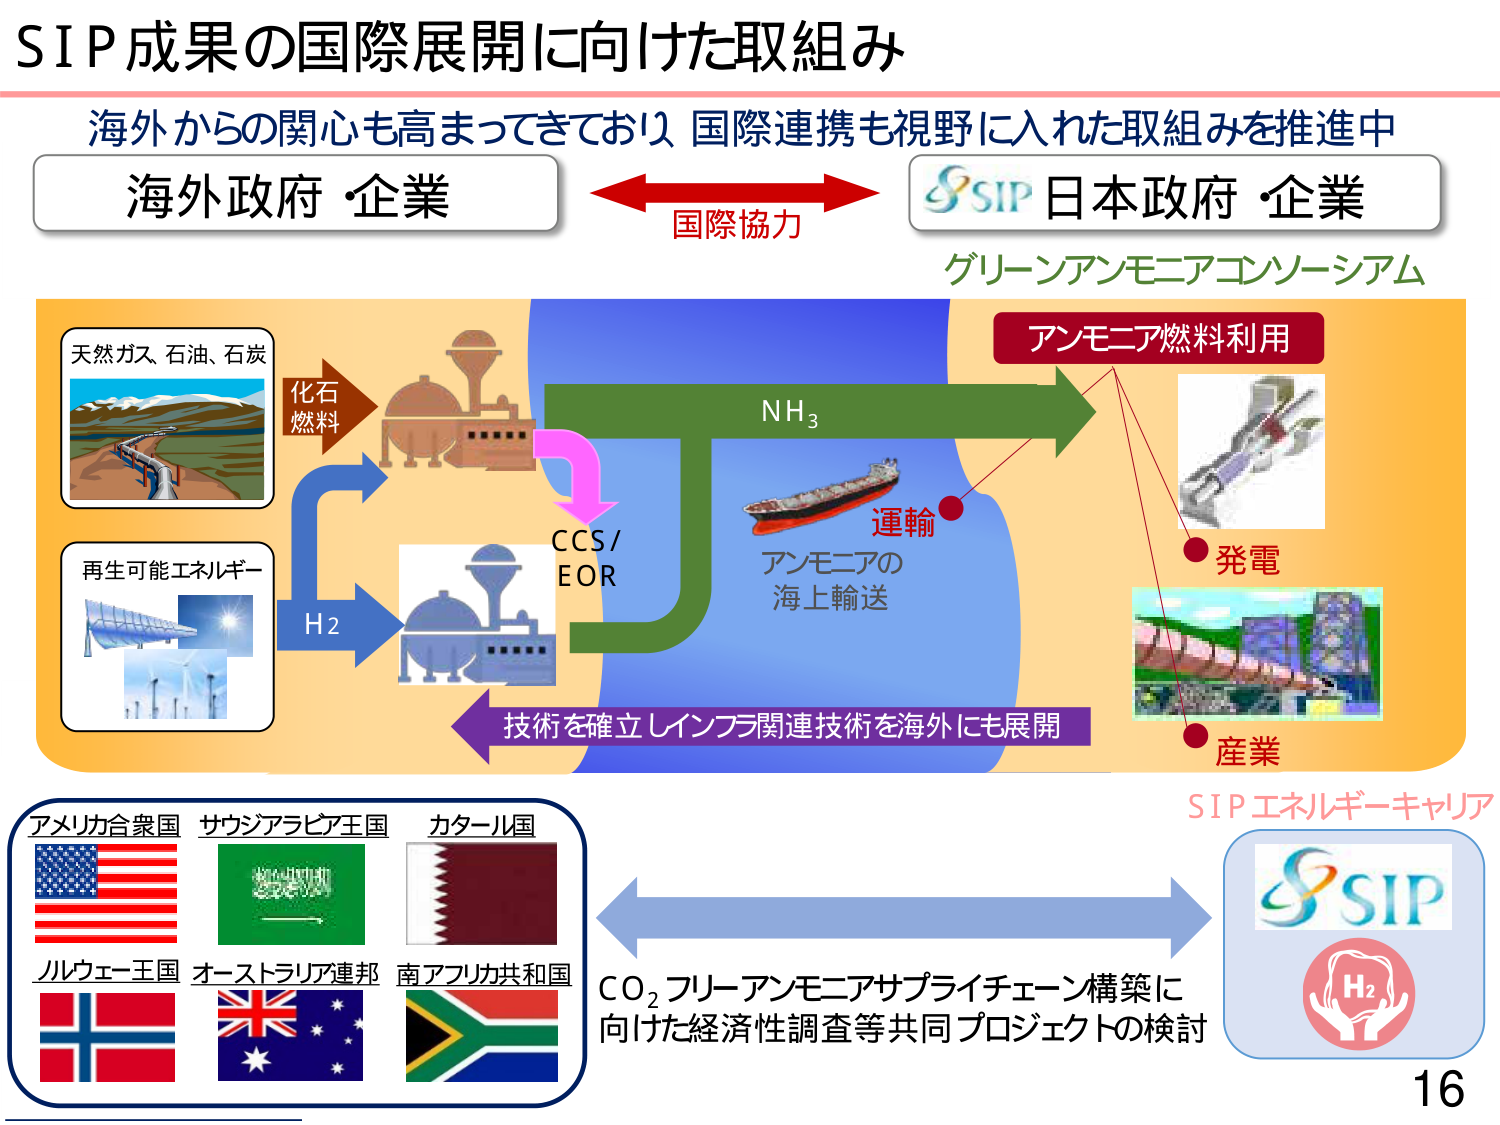
SIP成果の国際展開に向けた取組み
海外からの関心も高まってきており 国際連携も視野に入れた取組みを推進中
海外政府・企業 ←→ 国際協力 → 日本政府・企業
SIP
グリーンアンモニアコンソーシアム
天然ガス、石油、石炭
化石燃料
再生可能エネルギー
H2
CCS / EOR
NH3
アンモニアの海上輸送
運輸
アンモニア燃料利用
発電
産業
技術を確立しインフラ関連技術を海外にも展開
アメリカ合衆国
サウジアラビア王国
カタール国
ノルウェー王国
オーストラリア連邦
南アフリカ共和国
CO2フリーアンモニアサプライチェーン構築に向けた経済性調査等共同プロジェクトの検討
SIPエネルギー キャリア
SIP
H2
16